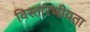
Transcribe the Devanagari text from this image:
विस्तारणीयता